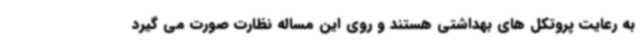
به رعایت پروتکل های بهداشتی هستند و روی این مساله نظارت صورت می گیرد